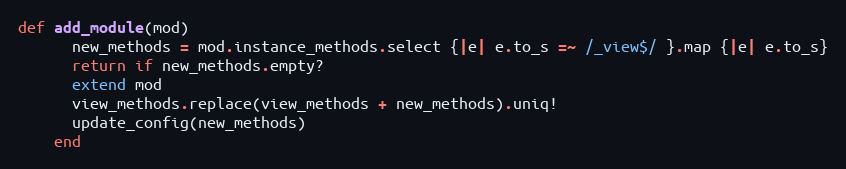
Language: Ruby
def add_module(mod)
      new_methods = mod.instance_methods.select {|e| e.to_s =~ /_view$/ }.map {|e| e.to_s}
      return if new_methods.empty?
      extend mod
      view_methods.replace(view_methods + new_methods).uniq!
      update_config(new_methods)
    end